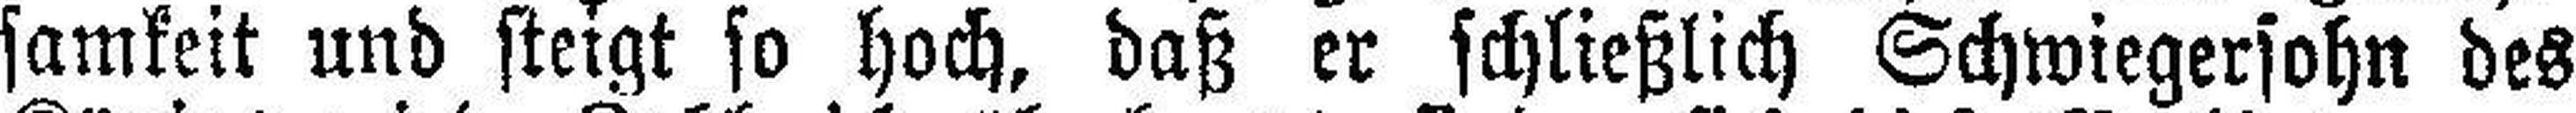
samkeit und steigt so hoch, daß er schließlich Schwiegersohn des